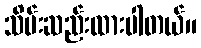
သိမ်းဆည်းထားပါတယ်။